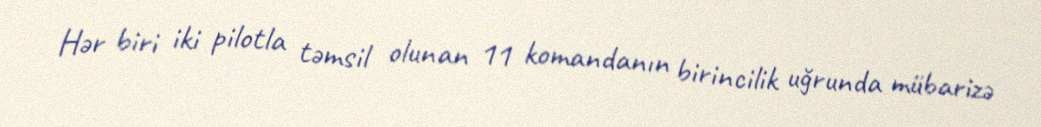
Hər biri iki pilotla təmsil olunan 11 komandanın birincilik uğrunda mübarizə